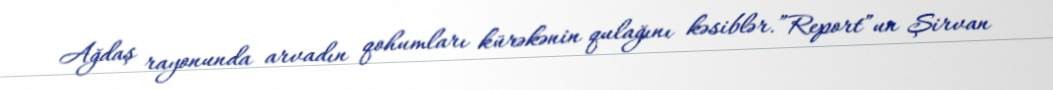
Ağdaş rayonunda arvadın qohumları kürəkənin qulağını kəsiblər.”Report”un Şirvan